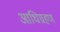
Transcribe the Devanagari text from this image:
आधिग्रहण